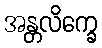
အန္တလိက္ခေ